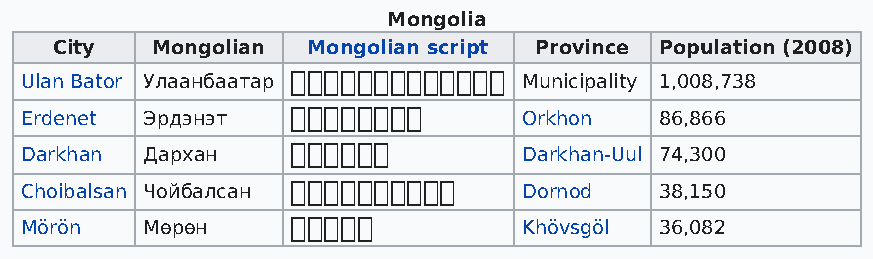
Mongolia
 City   Mongolian Mongolian script Province Population (2008)
 Ulan Bator Улаанбаатар  Municipality 1,008,738
 Erdenet Эрдэнэт           Orkhon   86,866
 Darkhan Дархан              Darkhan-Uul 74,300
 Choibalsan Чойбалсан    Dornod   38,150
 Mörön   Мөрөн                Khövsgöl 36,082